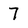
Character: 7